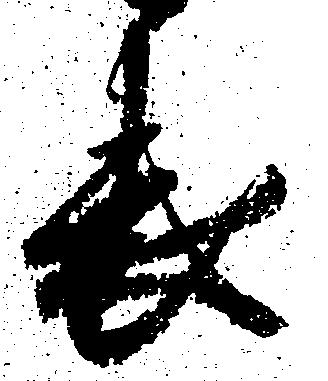
表